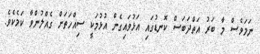
ނަމަވެސް މާ ބަރު އަތްދަބަސް ކޮނޑުގައި އަޅުވައިގެން އުޅުމަކީ ސިއްހަތަށް ގެއްލުންވާ ކަމެކެވެ.